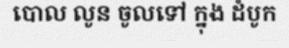
បោល លូន ចូលទៅ ក្នុង ដំបូក